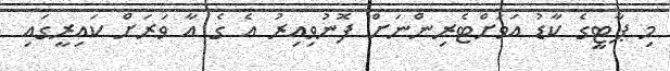
މި ޕާޓީގެ ކާޑު އަވަށްޓެރިންނަށް ފޮނުވިއިރު އެ ގެ އާ ވަރަށް ކައިރީގައި